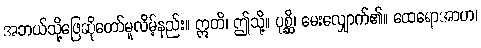
အဘယ်သို့ဖြေဆိုတော်မူလိမ့်နည်း။ ဣတိ၊ ဤသို့။ ပုစ္ဆိ၊ မေးလျှောက်၏။ ထေရောအာဟ၊